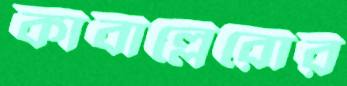
কাবাল্লেরোর